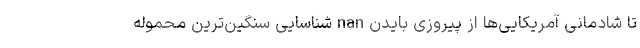
تا شادمانی آمریکایی‌ها از پیروزی بایدن nan شناسایی سنگین‌ترین محموله